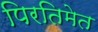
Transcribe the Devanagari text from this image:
पिरतिमेत